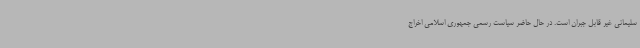
سلیمانی غیر قابل جبران است. در حال حاضر سیاست رسمی جمهوری اسلامی اخراج